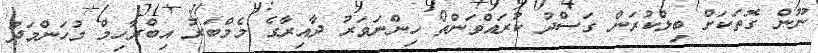
ނޫން ގޮތަކަށް ބިލްކުރަން ގަސްދު ކުރައްވަންތޯ ހިންނަވަރު ދާއިރާގެ މެމްބަރު އިބްރާހިމް މުހަންމަދު